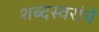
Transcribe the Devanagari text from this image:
शब्दस्वरांचे